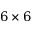
6 \times 6